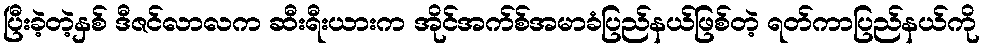
ပြီးခဲ့တဲ့နှစ် ဒီဇင်လာလက ဆီးရီးယားက အိုင်အက်စ်အမာခံပြည်နယ်ဖြစ်တဲ့ ရတ်ကာပြည်နယ်ကို